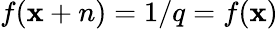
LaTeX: f(\mathbf{x}+n)=1/q=f(\mathbf{x})